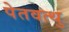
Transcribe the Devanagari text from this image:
पेतवत्थु